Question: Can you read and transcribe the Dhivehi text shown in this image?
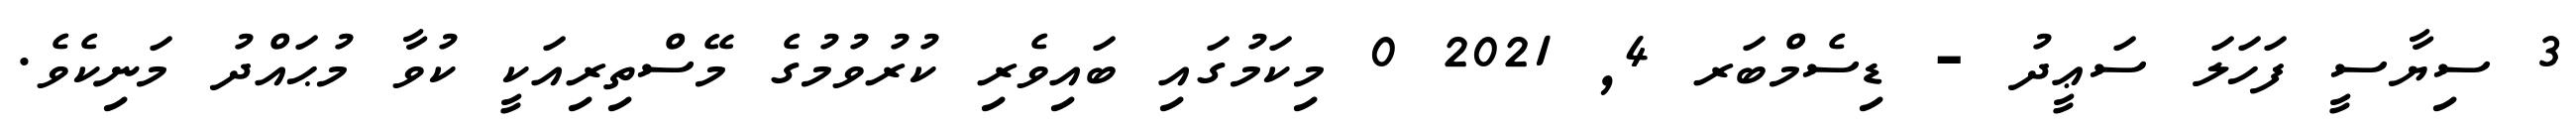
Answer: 3 ސިޔާސީ ފަހަލަ ސަޢީދު - ޑިސެމްބަރ 4, 2021 0 މިކަމުގައި ބައިވެރި ކުރުވުމުގެ މޭސްތިރިއަކީ ކުވާ މުޙައްދު މަނިކެވެ.